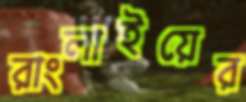
রাংলাইয়ের